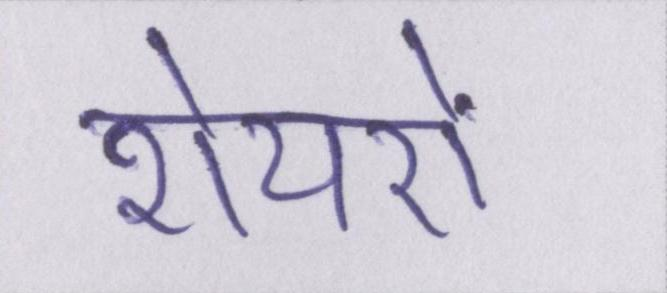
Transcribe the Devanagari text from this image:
शेयरों